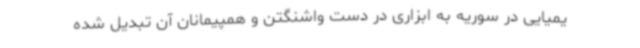
یمیایی در سوریه به ابزاری در دست واشنگتن و همپیمانان آن تبدیل شده